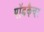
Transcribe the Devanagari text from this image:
पॉडकैचर